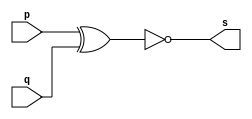
// ------------------------- 
// Exemplo0008 - XNOR 
// Nome: Guilherme Andrade Salum Terra 
// ------------------------- 

// ------------------------- 
// -- xnor gate 
// ------------------------- 
	module xnorgate ( output s, input p, q); 
	assign s = ~(p ^ q); 
	endmodule // xnorgate 
	
// --------------------- 
// -- test xnor gate 
// --------------------- 
	module testxnorgate; 
// ------------------------- dados locais 
	reg a, b; // definir registradores 
	wire s; // definir conexao (fio) 
// ------------------------- instancia 
	xnorgate XNOR1 (s, a, b); 
// ------------------------- preparacao 
	initial begin:start 
		a=0; b=0; 
	end 
// ------------------------- parte principal 
	initial begin 
		$display("Exemplo0008 - Guilherme Terra - 427407"); 
		$display("Test XNOR gate"); 
		$display("\na ^ b = s\n"); 
		a=0; b=0; 
	#1 $display("%b ^ %b = %b", a, b, s); 
		a=0; b=1; 
	#1 $display("%b ^ %b = %b", a, b, s); 
		a=1; b=0; 
	#1 $display("%b ^ %b = %b", a, b, s); 
		a=1; b=1; 
	#1 $display("%b ^ %b = %b", a, b, s); 
	end 

endmodule // testxnorgate 

// ------------------------- testes

/*
	Test XNOR gate
  
 	a ^ b = s
  
  	0 ^ 0 = 1
  	0 ^ 1 = 0
  	1 ^ 0 = 0
  	1 ^ 1 = 1
*/